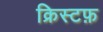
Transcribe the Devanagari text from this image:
क्रिस्टफ़